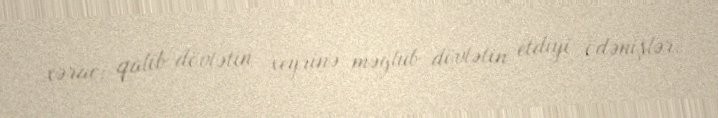
xərac; qalib dövlətin xeyrinə məğlub dövlətin etdiyi ödənişlər.